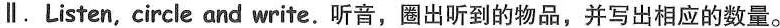
∥.Listen, circle and write.听音,圈出听到的物品,并写出相应的数量.